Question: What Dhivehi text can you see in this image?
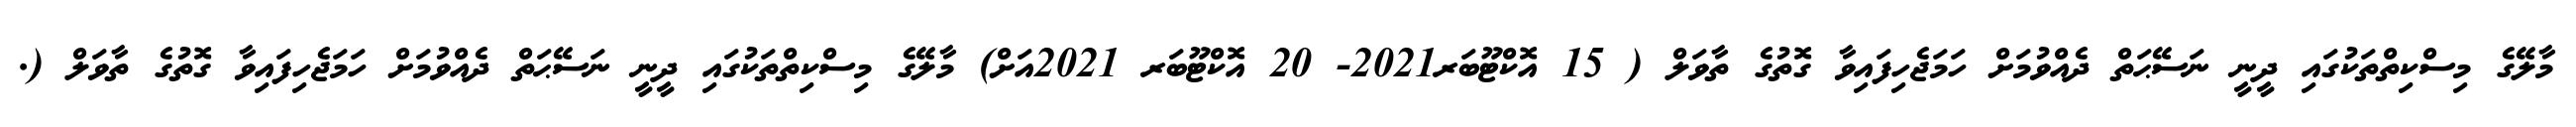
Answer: މާލޭގެ މިސްކިތްތަކުގައި ދީނީ ނަސޭޙަތް ދެއްވުމަށް ހަމަޖެހިފައިވާ ގޮތުގެ ތާވަލް ( 15 އޮކްޓޫބަރ2021- 20 އޮކްޓޫބަރ 2021އަށް) މާލޭގެ މިސްކިތްތަކުގައި ދީނީ ނަސޭޙަތް ދެއްވުމަށް ހަމަޖެހިފައިވާ ގޮތުގެ ތާވަލް (.